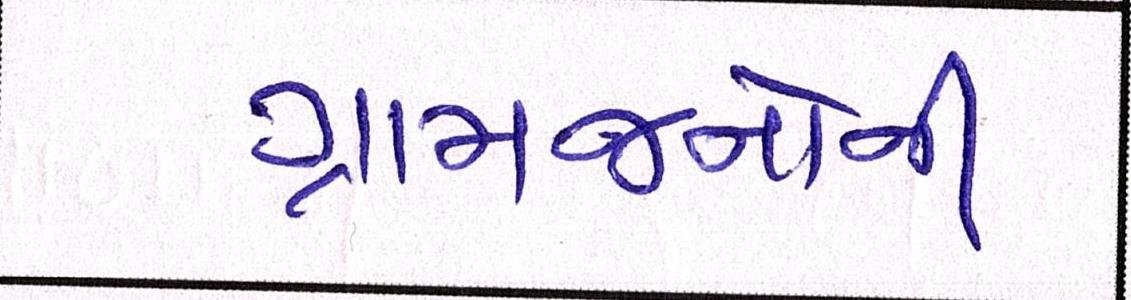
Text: ગ્રામજનોની